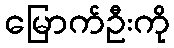
မြောက်ဦးကို